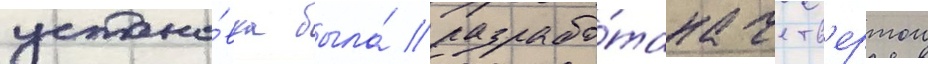
устано́вка была́ разрабо́тана четв'ертои